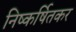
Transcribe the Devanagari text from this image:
निष्कर्षितकर